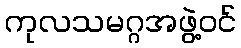
ကုလသမဂ္ဂအဖွဲ့ဝင်